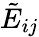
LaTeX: {\tilde{E}}_{ij}